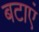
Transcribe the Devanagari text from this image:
बटाएं